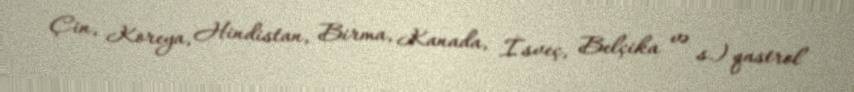
Çin, Koreya, Hindistan, Birma, Kanada, İsveç, Belçika və s.) qastrol